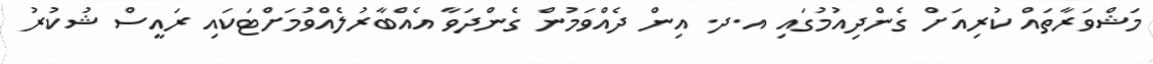
މަޝްވަރާތައް ކުރިއަށް ގެންދިއުމުގައި އ.ދ. އިން ދެއްވަމުން ގެންދަވާ އެއްބާރުލެއްވުމަށްޓަކައި ރައީސް ޝުކުރު